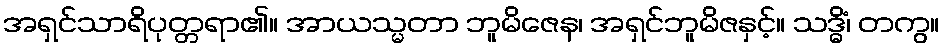
အရှင်သာရိပုတ္တရာ၏။ အာယသ္မတာ ဘူမိဇေန၊ အရှင်ဘူမိဇနှင့်။ သဒ္ဓိံ၊ တကွ။